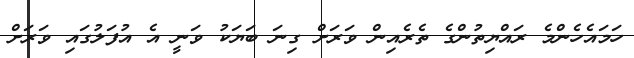
ހަމައެހެންމެ ރައްޔިތުންގެ ތެރެއިން ވަރަށް ގިނަ ބަޔަކު ވަނީ އެ އުފަލުގައި ވަރަށް